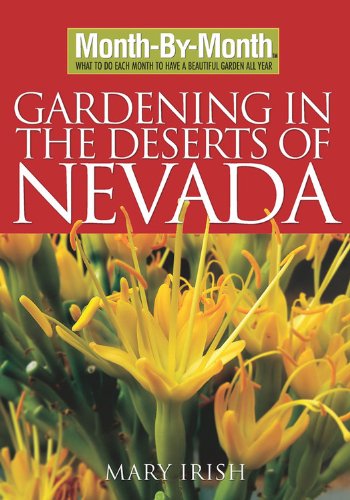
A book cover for Month by Month Gardening in the Deserts of Nevada; Mary Irish; Crafts, Hobbies & Home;